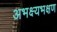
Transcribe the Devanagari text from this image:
अभक्ष्यभक्षण